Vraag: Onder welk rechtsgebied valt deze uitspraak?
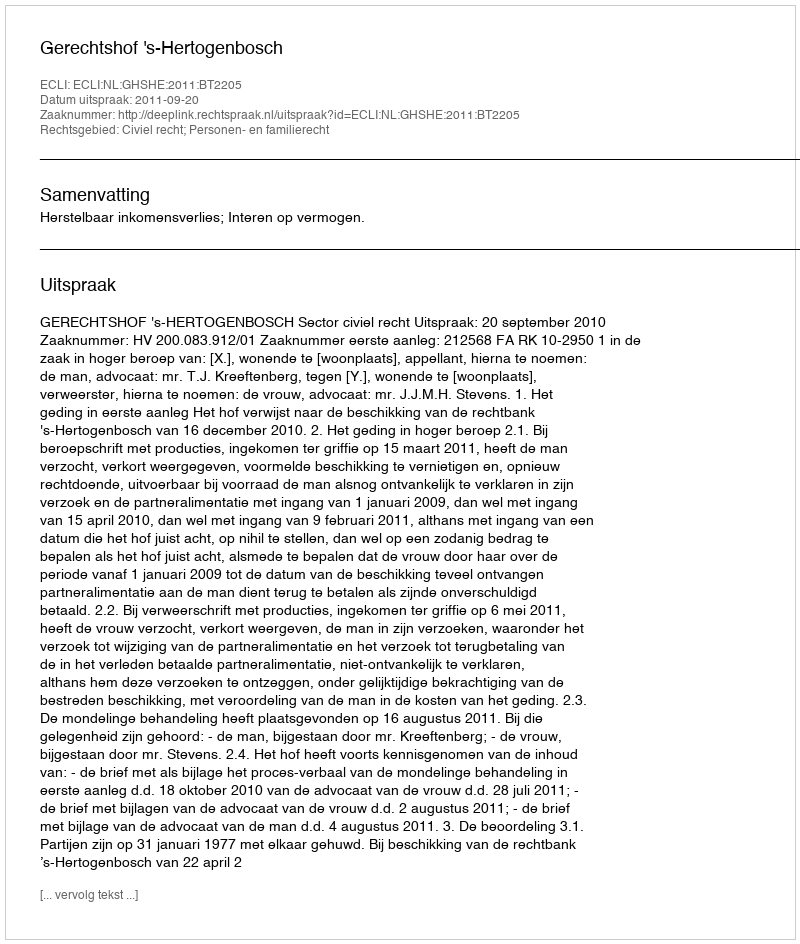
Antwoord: Civiel recht; Personen- en familierecht